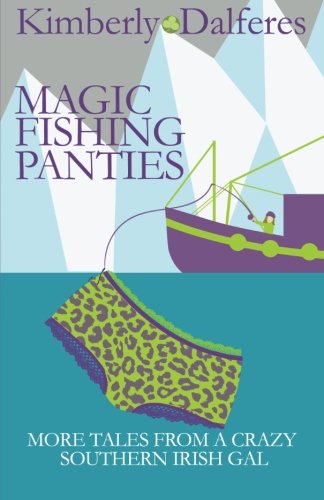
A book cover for Magic Fishing Panties; Kimberly J. Dalferes; Humor & Entertainment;